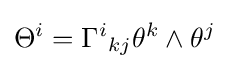
\Theta ^{i}=\Gamma ^{i}{}_{kj}\theta ^{k}\wedge \theta ^{j}